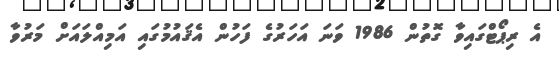
އެ ރިޕޯޓްގައިވާ ގޮތުން 1986 ވަނަ އަހަރުގެ ފަހުން އެޤައުމުގައި އަމިއްލައަށް މަރުވާ